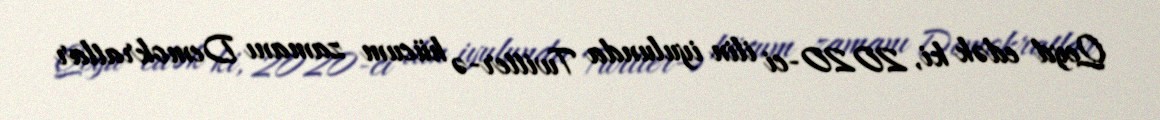
Qeyd edək ki, 2020-ci ilin iyulunda Twitter-ə hücum zamanı Demokratlar